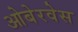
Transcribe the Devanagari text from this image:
ओबेरवेस